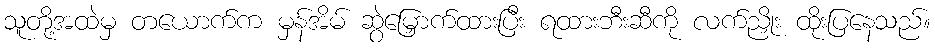
သူတို့အထဲမှ တယောက်က မှန်အိမ် ဆွဲမြှောက်ထားပြီး ရထားဘီးဆီကို လက်ညှိုး ထိုးပြနေသည်။